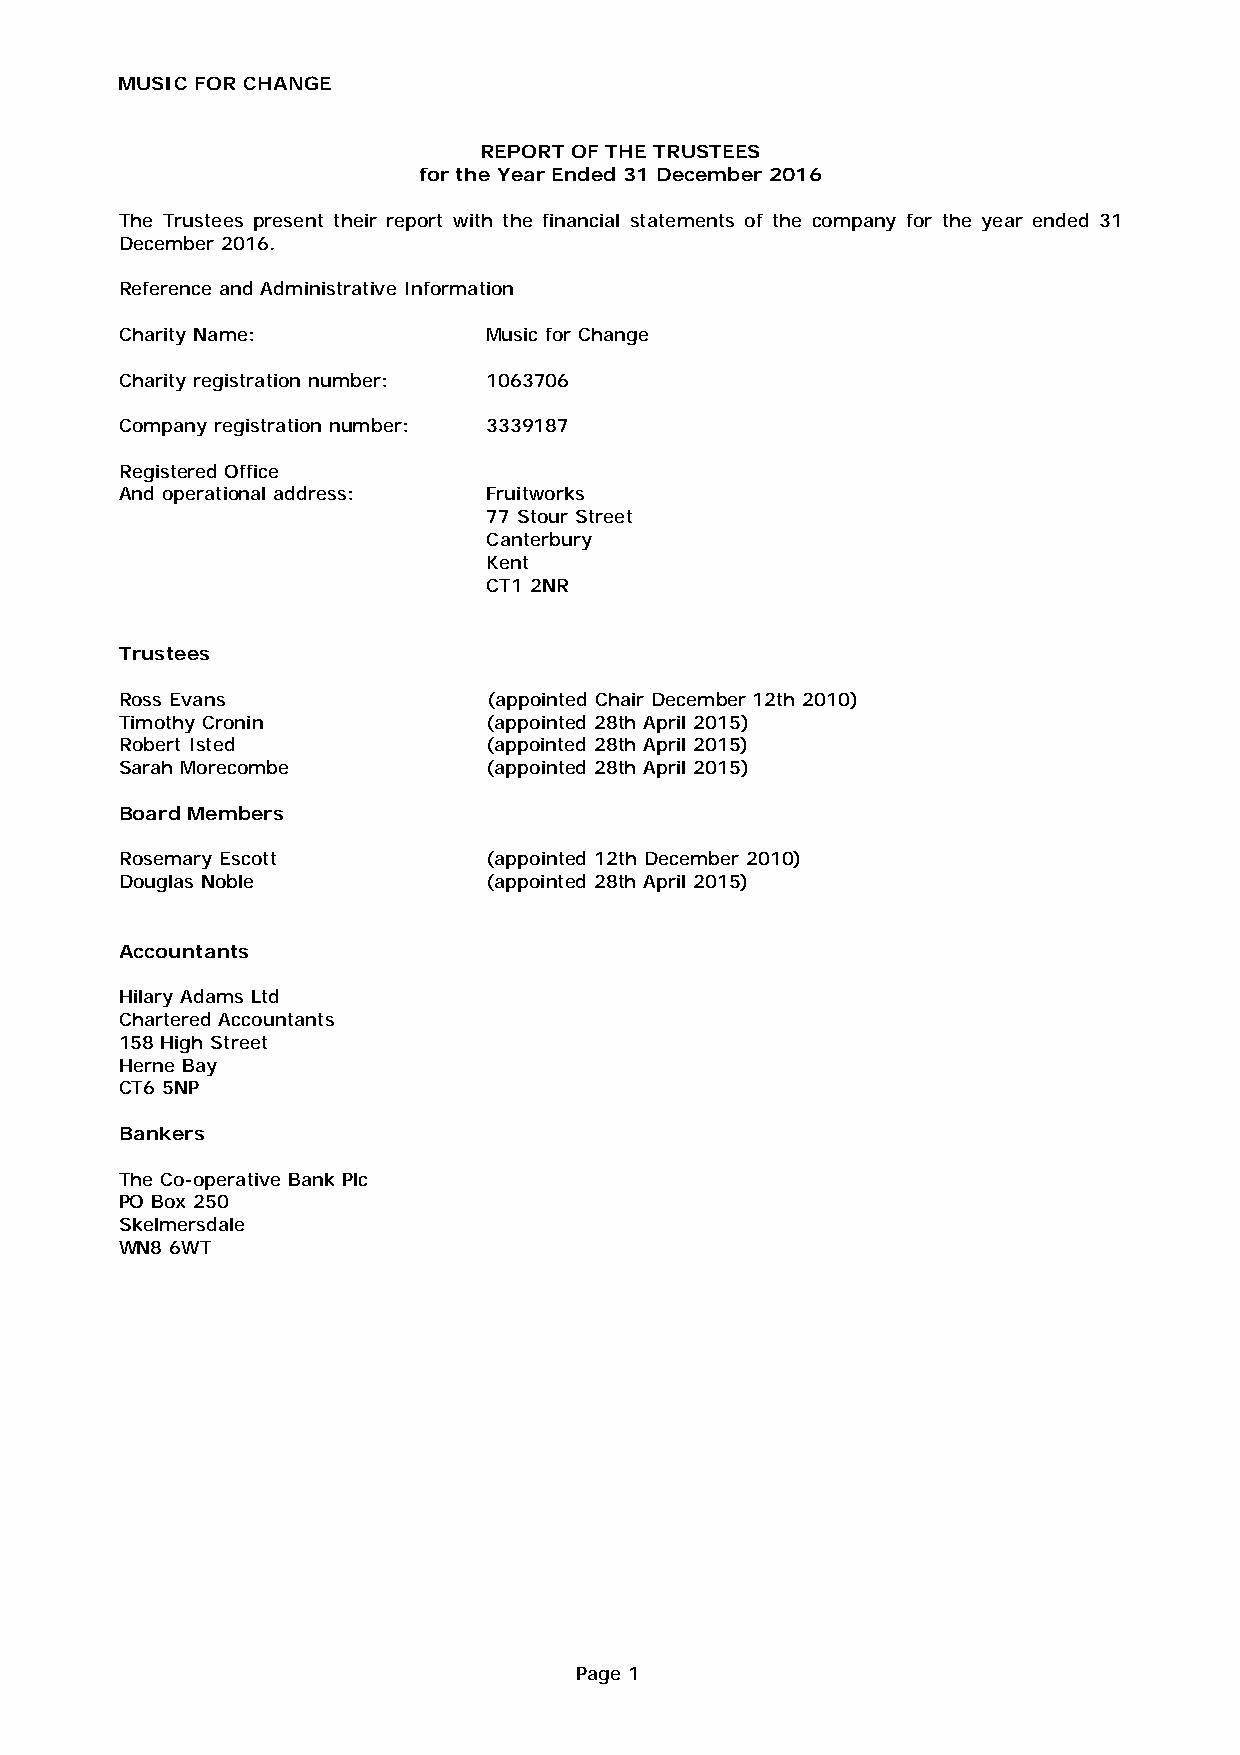
MUSIC FOR CHANGE
 REPORT OF THE TRUSTEES
 for the Year Ended 31 December 2016
 The Trustees present their report with the financial statements of the company for the year ended 31
 December 2016.
 Reference and Administrative Information
 Charity Name:       Music for Change
 Charity registration number: 1063706
 Company registration number: 3339187
 Registered Office
 And operational address: Fruitworks
 77 Stour Street
 Canterbury
 Kent
 CT1 2NR
 Trustees
 Ross Evans        (appointed Chair December 12th 2010)
 Timothy Cronin (appointed 28th April 2015)
 Robert Isted      (appointed 28th April 2015)
 Sarah Morecombe  (appointed 28th April 2015)
 Board Members
 Rosemary Escott (appointed 12th December 2010)
 Douglas Noble       (appointed 28th April 2015)
 Accountants
 Hilary Adams Ltd
 Chartered Accountants
 158 High Street
 Herne Bay
 CT6 5NP
 Bankers
 The Co-operative Bank Plc
 PO Box 250
 Skelmersdale
 WN8 6WT
 Page 1